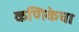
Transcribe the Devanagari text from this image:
कणिकेचा